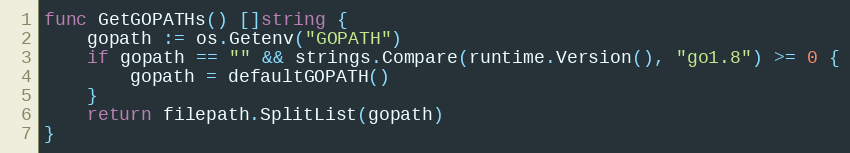
Language: Go
func GetGOPATHs() []string {
	gopath := os.Getenv("GOPATH")
	if gopath == "" && strings.Compare(runtime.Version(), "go1.8") >= 0 {
		gopath = defaultGOPATH()
	}
	return filepath.SplitList(gopath)
}